Scientific memoirs by medical officers of the Army of India - Part VIII,
Year: 1894
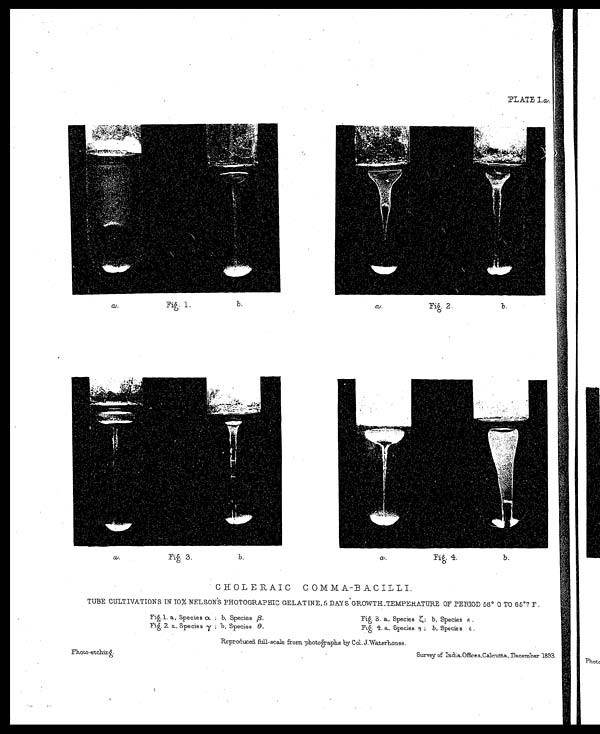
PLATE I.α.
CHOLERAIC COMMA-BACILLI.
TUBE CULTIVATIONS IN 10% NELSON'S PHOTOGRAPHIC GELATINE, 5 DAYS GROWTH-TEMPERATURE OF PERIOD 58° O TO 65°7 F.
Fiģ.l. a, Species α ; b, Species β.
Fiģ. 3. a. Speciesζ ;
b . S p e c i e sЄ
.
Fiģ. 2. a, Species
γ ;
Ъ . S p e c i e sθ
.
Fiģ. 4. a. Species
η; b , S p e c i e s
< i l l e g i b l e > .
Reproduced full-scale from photographs by Col. J.Waterhouse.
Photo-etchinģ.
Survey of India Offices, Calcutta, December 1893.